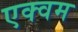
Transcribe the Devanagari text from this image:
एक्वम